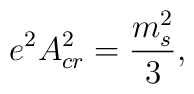
e^2 A_{cr}^2 = {m_s^2\over 3},